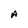
Character: A